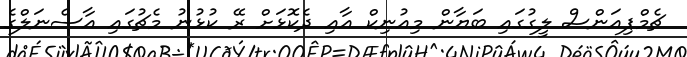
ޗެމްޕިއަންސް ލީގުގައި ބަޔާން މިއުނިކް އާއި ދެކޮޅަށް ރޭ ކުޅުނު މެޗުގައި އާސެނަލްގެ